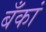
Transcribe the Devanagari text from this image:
बँकां